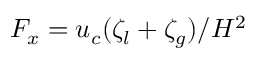
F _ { x } = u _ { c } ( \zeta _ { l } + \zeta _ { g } ) / H ^ { 2 }